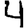
Digit: 4